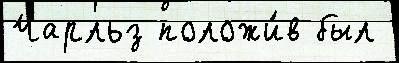
Чарльз положи́в был